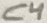
Text: C4